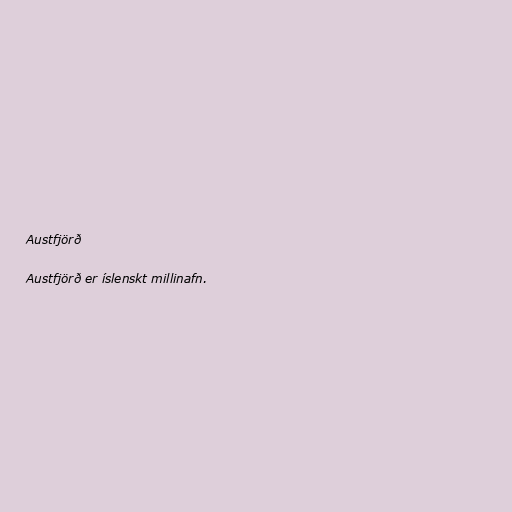
Austfjörð

Austfjörð er íslenskt millinafn.